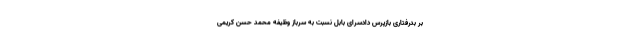
بر بدرفتاری بازپرس دادسرای بابل نسبت به سرباز وظیفه محمد حسن کریمی